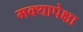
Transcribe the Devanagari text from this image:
मक्यापेक्षा